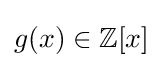
g(x)\in \mathbb {Z} [x]